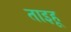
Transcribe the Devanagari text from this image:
ताइहू